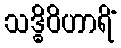
သဒ္ဓိဝိဟာရိံ